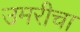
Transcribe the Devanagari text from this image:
उमरीचा